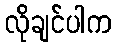
လိုချင်ပါက